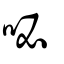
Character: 咇